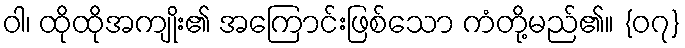
ဝါ၊ ထိုထိုအကျိုး၏ အကြောင်းဖြစ်သော ကံတို့မည်၏။ {၀၇}